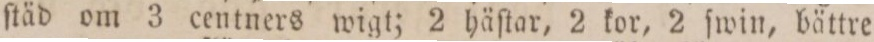
ſtäd om 3 centners wigt; 2 häſtar, 2 kor, 2 ſwin, bättre